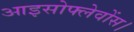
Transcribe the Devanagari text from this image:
आइसोफ्लेवोंस।